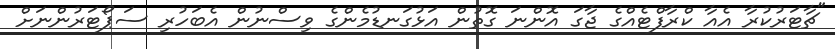
"ޗާޓަރުކުރާ އެއާ ކްރާފްޓެއްގެ ޖާގަ އޮންނަ ގޮތުން އަޅުގަނޑުމެންގެ ވިސްނުން އެބަހުރި ސަޕޯޓަރުންނަށް